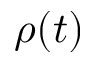
\rho ( t )